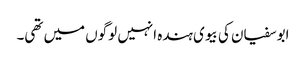
ابوسفیان کی بیوی ہندہ انہیں لوگوں میں تھی۔